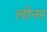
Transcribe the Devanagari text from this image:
लोनर